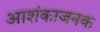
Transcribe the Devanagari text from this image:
आशंकाजनक